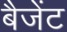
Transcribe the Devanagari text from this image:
बैजेंट